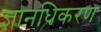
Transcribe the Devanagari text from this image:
ज्ञानधिकरण